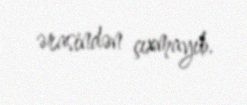
ərasindən çıxmayıb.